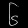
Digit: ၆